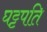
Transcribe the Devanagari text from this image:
घट्टपति